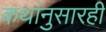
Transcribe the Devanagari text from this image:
कथांनुसारही